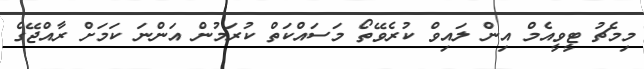
މިމެޗު ޓީވީއެމް އިން ލައިވް ކުރެވޭތޯ މަސައްކަތް ކުރަމުން އަންނަ ކަމަށް ރާއްޖޭގެ